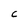
Character: C